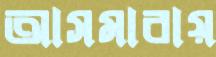
আসমারায়